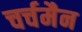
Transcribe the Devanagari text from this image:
चर्चमैन